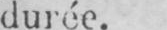
durée.